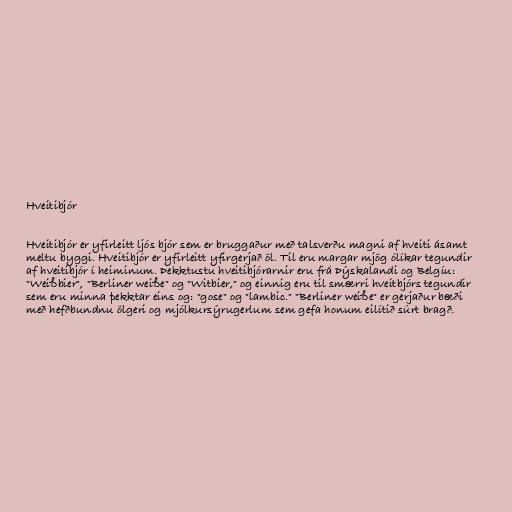
Hveitibjór

Hveitibjór er yfirleitt ljós bjór sem er bruggaður með talsverðu magni af hveiti ásamt
meltu byggi. Hveitibjór er yfirleitt yfirgerjað öl. Til eru margar mjög ólíkar tegundir
af hveitibjór í heiminum. Þekktustu hveitibjórarnir eru frá Þýskalandi og Belgíu:
"Weißbier", "Berliner weiße" og "Witbier," og einnig eru til smærri hveitbjórs tegundir
sem eru minna þekktar eins og: "gose" og "lambic." "Berliner weiße" er gerjaður bæði
með hefðbundnu ölgeri og mjólkursýrugerlum sem gefa honum eilítið súrt bragð.